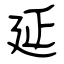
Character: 延